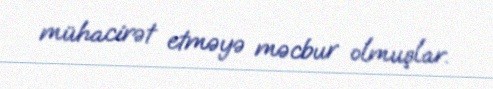
mühacirət etməyə məcbur olmuşlar.